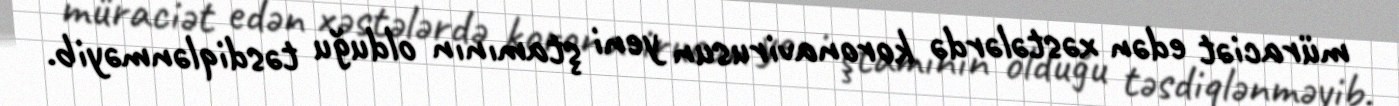
müraciət edən xəstələrdə koronavirusun yeni ştamının olduğu təsdiqlənməyib.